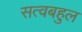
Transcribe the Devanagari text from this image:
सत्वबहुल